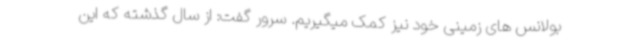
بولانس های زمینی خود نیز کمک میگیریم. سرور گفت: از سال گذشته که این